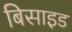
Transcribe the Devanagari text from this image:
बिसाइड